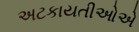
અટકાયતીઓએ